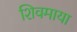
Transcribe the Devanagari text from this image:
शिवमाया